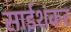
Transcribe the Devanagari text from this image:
साईशंकर